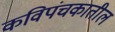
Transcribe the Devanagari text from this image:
कविपंचकातील